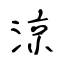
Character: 涼